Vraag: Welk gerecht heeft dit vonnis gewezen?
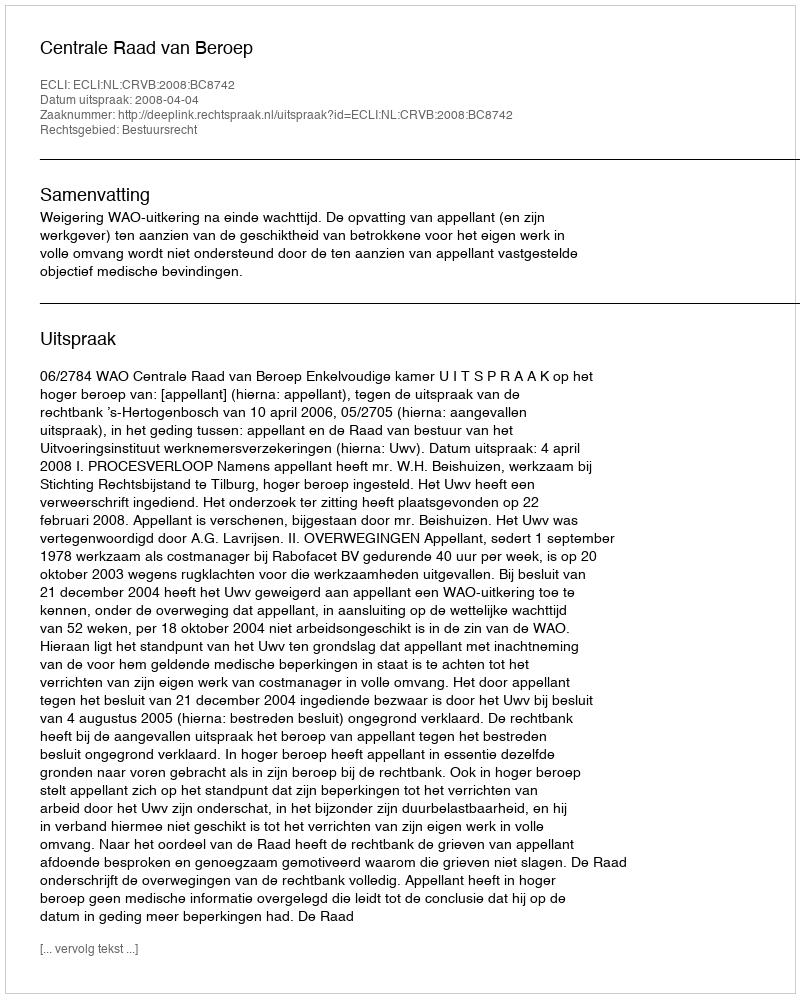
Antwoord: Centrale Raad van Beroep